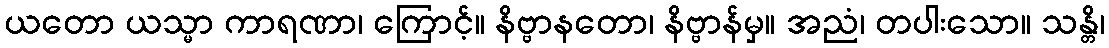
ယတော ယသ္မာ ကာရဏာ၊ ကြောင့်။ နိဗ္ဗာနတော၊ နိဗ္ဗာန်မှ။ အညံ၊ တပါးသော။ သန္တိ၊